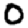
Digit: 0